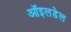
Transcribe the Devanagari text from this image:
ऑइलडेल